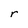
Character: r